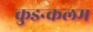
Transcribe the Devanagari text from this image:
कुडन्कलम